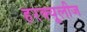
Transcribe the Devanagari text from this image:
हरक्यूलीज